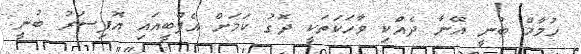
ހުމާމް ބުނީ އޭނާ ދެއްކި ވާހަކަތަކީ ދޮގު ކަމަށް އެފްބީއައި އޮފިސަރު ބުނީ